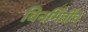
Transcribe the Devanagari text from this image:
बिनभिंतींचे